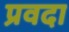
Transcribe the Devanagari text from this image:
प्रवदा